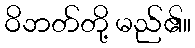
ဝိဘတ်တို့ မည်၏။